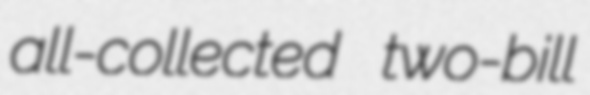
all-collected two-bill